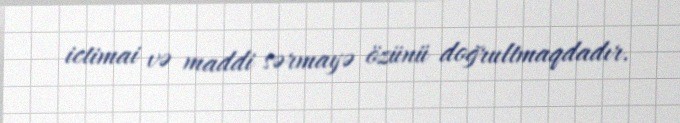
ictimai və maddi sərmayə özünü doğrultmaqdadır.